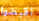
اقبضوا